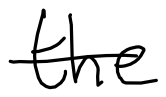
Text: the
Cross-out: single-line
Writing tool: digital_black